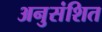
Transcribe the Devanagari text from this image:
अनुसंशित